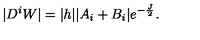
| D ^ { i } W | = | h | | A _ { i } + B _ { i } | e ^ { - \frac { J } { 2 } } .